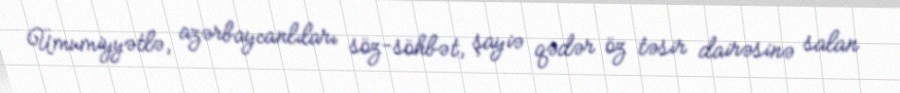
Ümumiyyətlə, azərbaycanlıları söz-söhbət, şayiə qədər öz təsir dairəsinə salan